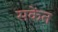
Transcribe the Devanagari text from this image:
सकेंत